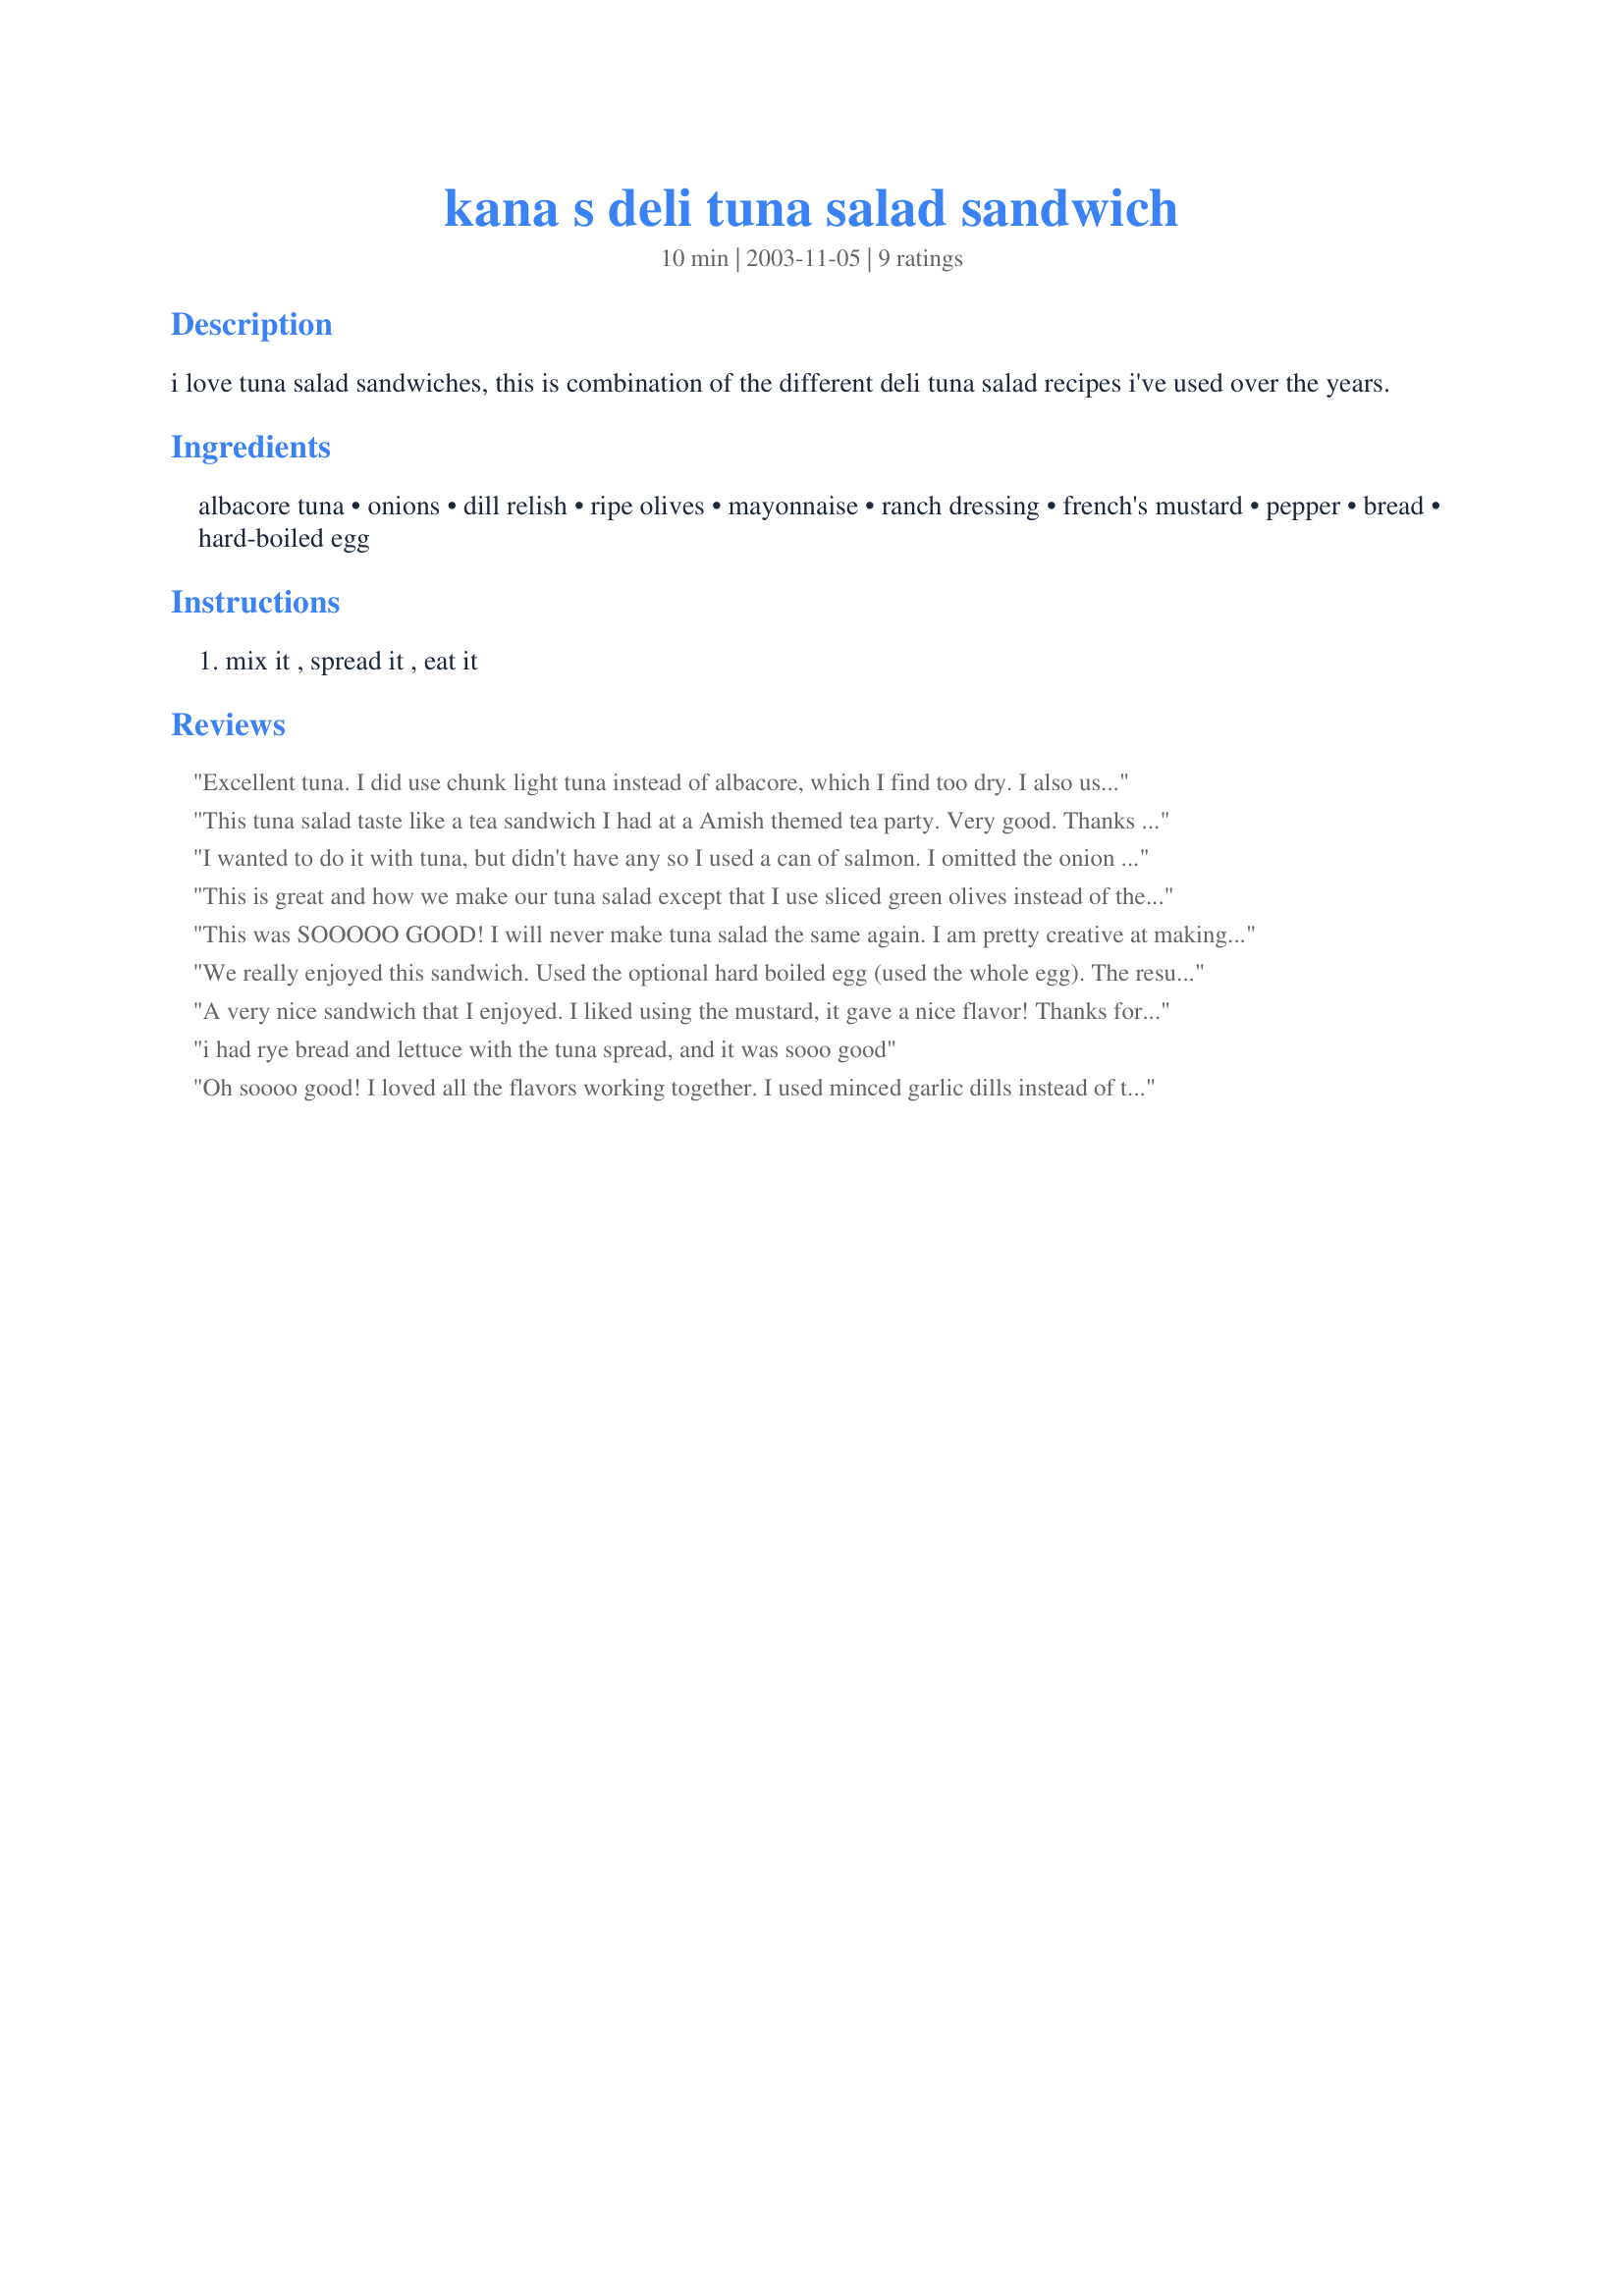
kana s deli tuna salad sandwich
Preparation time: 10 minutes

i love tuna salad sandwiches, this is combination of the different deli tuna salad recipes i've used over the years.

Ingredients:
albacore tuna, onions, dill relish, ripe olives, mayonnaise, ranch dressing, french's mustard, pepper, bread, hard-boiled egg

Steps:
mix it , spread it , eat it

Reviews:
Excellent tuna. I did use chunk light tuna instead of albacore, which I find too dry. I also used all the egg; we like ours eggy. The dill relish keeps it from being cloyingly sweet. Thanks for posting!
This tuna salad taste like a tea sandwich I had at a Amish themed tea party. Very good. 

Thanks Kana Kahuna.

Bullwinkle.
I wanted to do it with tuna, but didn't have any so I used a can of salmon. I omitted the onion because of DH. I used ceasar dressing instead of ranch. It's full of flavor. I made it in a tortillas. Thanks Kana :) Made for Alphabet tag game
This is great and how we make our tuna salad except that I use sliced green olives instead of the black. It gives it a nice tang. I don't generally add the egg but may try that the next time.
This was SOOOOO GOOD! I will never make tuna salad the same again. I am pretty creative at making stuff like this too but had never imagined tuna and ranch dressing. We ate these sandwiches with Frito's scoops and bean dip. Very good! You never did state the size of the can of tuna but I am speclating a 12 oz. can. That is what I used (2 of them) and I doubled the ingredients which was absolutely perfect. Thank you, Kahuna.
We really enjoyed this sandwich. Used the optional hard boiled egg (used the whole egg). The results were really tasty. Thanks Kana.
A very nice sandwich that I enjoyed. I liked using the mustard, it gave a nice flavor! Thanks for posting!
i had rye bread and lettuce with the tuna spread, and it was sooo good
Oh soooo good! I loved all the flavors working together. I used minced garlic dills instead of the relish which gave it a nice tart taste. I used it on thick sliced sourdough bread. This is the way a tuna sammich is suppose to taste! Thanks for sharing your recipe.
